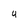
Character: U